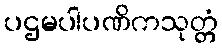
ပဌမပါပဏိကသုတ္တံ